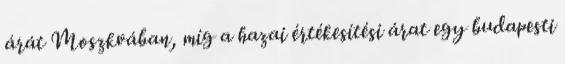
árát Moszkvában, míg a hazai értékesítési árat egy budapesti